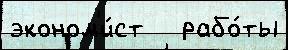
эконом'и́ст   рабо́ты